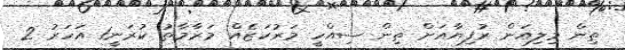
ތިން މިލިއަން ރުފިޔާއަށް ތިން ސިއްހީ މަރުކަޒެއް މަރާމާތު ކުރަނީ1 އަހަރު 2